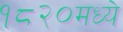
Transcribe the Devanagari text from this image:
१८२०मध्ये